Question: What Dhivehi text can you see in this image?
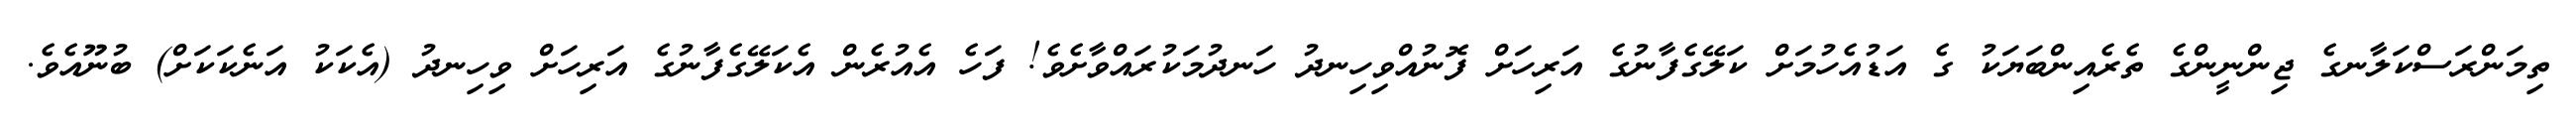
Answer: ތިމަންރަސްކަލާނގެ ޖިންނީންގެ ތެރެއިންބަޔަކު ގެ އަޑުއެހުމަށް ކަލޭގެފާނުގެ އަރިހަށް ފޮނުއްވިހިނދު ހަނދުމަކުރައްވާށެވެ! ފަހެ އެއުރެން އެކަލޭގެފާނުގެ އަރިހަށް ވިހިނދު (އެކަކު އަނެކަކަށް) ބުނޫއެވެ.